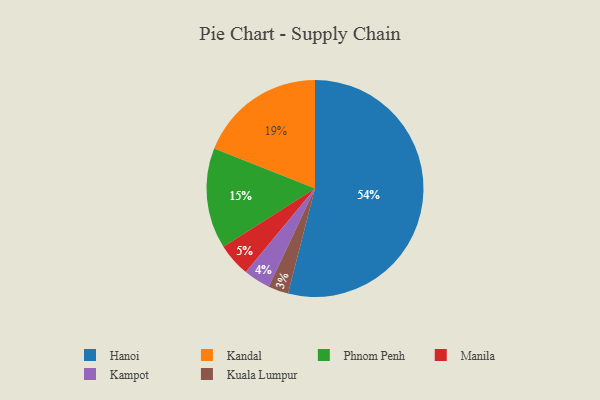
{"axis": {"x": "Category", "y": "Percentage"}, "legend": ["Hanoi", "Kampot", "Kandal", "Kuala Lumpur", "Manila", "Phnom Penh"], "data": [{"x": "Kampot", "y": 4, "type": "Kampot"}, {"x": "Hanoi", "y": 54, "type": "Hanoi"}, {"x": "Kuala Lumpur", "y": 3, "type": "Kuala Lumpur"}, {"x": "Kandal", "y": 19, "type": "Kandal"}, {"x": "Manila", "y": 5, "type": "Manila"}, {"x": "Phnom Penh", "y": 15, "type": "Phnom Penh"}]}